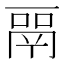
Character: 𬴳